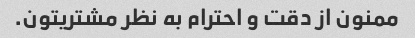
ممنون از دقت و احترام به نظر مشتریتون.